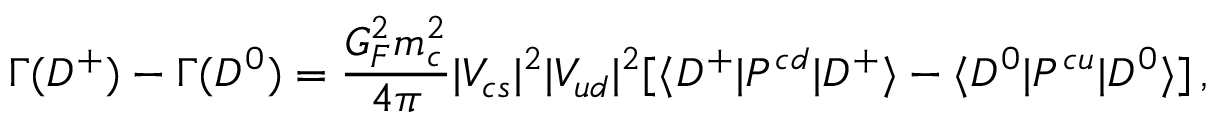
\Gamma ( D ^ { + } ) - \Gamma ( D ^ { 0 } ) = \frac { G _ { F } ^ { 2 } m _ { c } ^ { 2 } } { 4 \pi } | V _ { c s } | ^ { 2 } | V _ { u d } | ^ { 2 } [ \langle D ^ { + } | P ^ { c d } | D ^ { + } \rangle - \langle D ^ { 0 } | P ^ { c u } | D ^ { 0 } \rangle ] \, ,